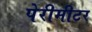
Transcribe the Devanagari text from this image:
पेरीमीटर